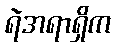
ရဲအရာရှိက